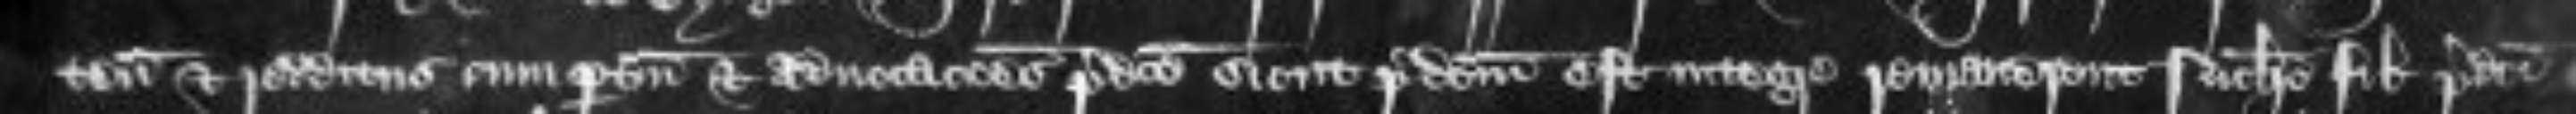
tenementa et redditus cum pertinenciis et advocationes predicte sicut predictum est integre remanerent Nicholao filio predicti